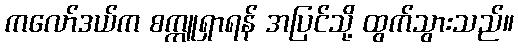
ကလော်ဒယ်က စက္ကူရှာရန် အပြင်သို့ ထွက်သွားသည်။